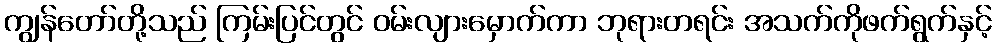
ကျွန်တော်တို့သည် ကြမ်းပြင်တွင် ဝမ်းလျားမှောက်ကာ ဘုရားတရင်း အသက်ကိုဖက်ရွက်နှင့်